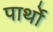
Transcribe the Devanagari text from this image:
पार्थो